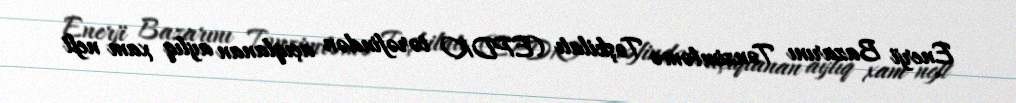
Enerji Bazarını Tənzimləmə Təşkilatı (EPDK) tərəfindən açıqlanan aylıq xam neft